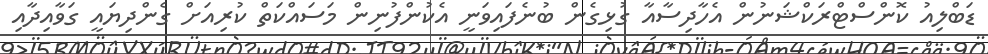
ޑަބްލިއު ކޮންސްޓްރަކްޝަނުން އެހާދިސާއާ ގުޅިގެން ބުނެފައިވަނީ އެކުންފުނިން މަސައްކަތް ކުރިއަށް ގެންދިޔައީ ގަވާއިދާއި